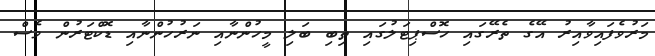
މަރުވެފައިވާއިރު އޭގެ ތެރޭގައި ހޮސްޕިޓަލުގައި ތިބި ބަލި މީހުންނާއި ނަރުހުންނާއި ޑޮކްޓަރުން ވެސް